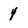
Character: 4